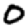
Digit: 0